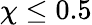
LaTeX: \chi\leq 0.5